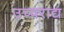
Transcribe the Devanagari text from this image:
उच्चराद्य